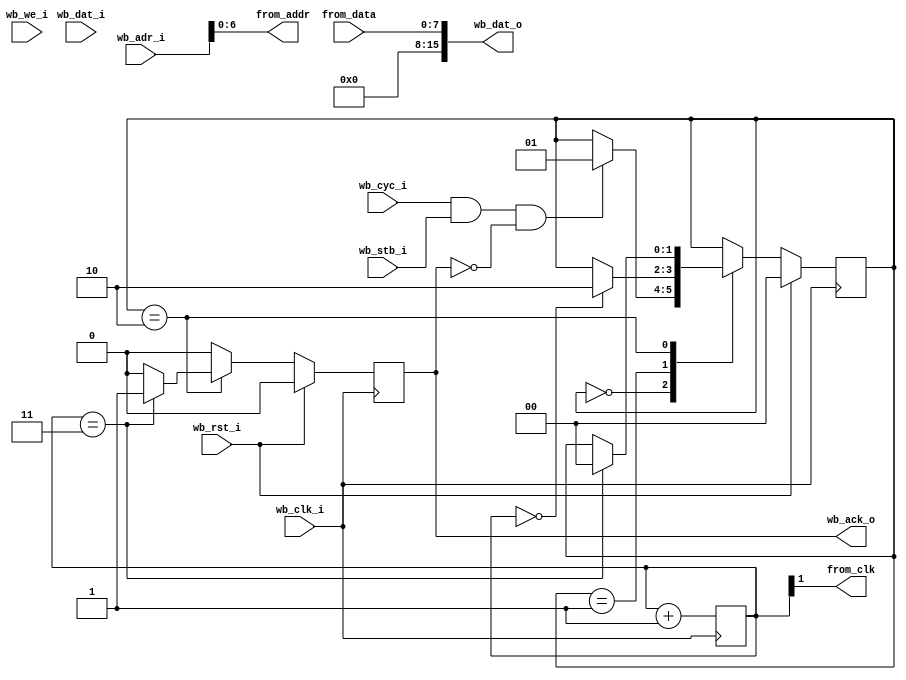
`timescale 1ns/1ns
module from_controller(
    wb_clk_i, wb_rst_i,
    wb_cyc_i, wb_stb_i, wb_we_i,
    wb_adr_i, wb_dat_i, wb_dat_o,
    wb_ack_o,
    from_clk, from_addr, from_data
  );
  input  wb_clk_i, wb_rst_i;
  input  wb_cyc_i, wb_stb_i, wb_we_i;
  input  [15:0] wb_adr_i;
  input  [15:0] wb_dat_i;
  output [15:0] wb_dat_o;
  output wb_ack_o;

  output from_clk;
  output [6:0] from_addr;
  input  [7:0] from_data;

  reg [1:0] from_clk_counter;
  assign from_clk = from_clk_counter[1];

  assign from_addr = wb_adr_i[6:0];

  reg wb_ack_o;
  assign wb_dat_o = {8'b0, from_data};

  reg [1:0] state; 
  localparam STATE_IDLE      = 2'd0; 
  localparam STATE_WAITCLK   = 2'd1; 
  localparam STATE_WAITTRANS = 2'd2; 

  always @(posedge wb_clk_i) begin
    wb_ack_o <= 1'b0;
    from_clk_counter <= from_clk_counter + 2'b1;

    if (wb_rst_i) begin
      state <= STATE_IDLE;
`ifdef SIMULATION
      if (from_clk_counter === 2'bxx)
        from_clk_counter <= 2'b0;
`endif
    end else begin
      case (state)
        STATE_IDLE: begin
          if (wb_cyc_i & wb_stb_i & ~wb_ack_o) begin
            state <= STATE_WAITCLK;
          end
        end 
        STATE_WAITCLK: begin
          if (from_clk_counter == 2'b00) begin
            state <= STATE_WAITTRANS;
          end
        end
        STATE_WAITTRANS: begin
          if (from_clk_counter == 2'b11) begin
            wb_ack_o <= 1'b1;
            state <= STATE_IDLE;
          end
        end
      endcase 
    end
  end

endmodule